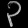
Digit: ၃